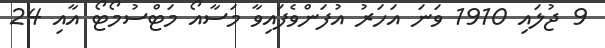
9 ޖުލައި 1910 ވަނަ އަހަރު އުފަންވެފައިވާ މަސާއޯ މަޓްސުމޯޓޯ އާއި 24